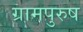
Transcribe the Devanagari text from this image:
ग्रामपुरुष